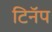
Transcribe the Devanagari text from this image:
टिनॅप